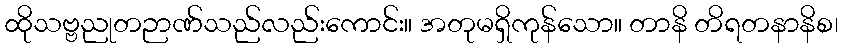
ထိုသဗ္ဗညုတဉာဏ်သည်လည်းကောင်း။ အတုမရှိကုန်သော။ တာနိ တိရတနာနိစ၊